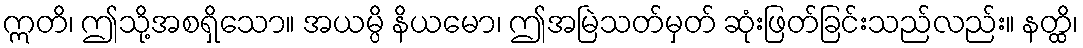
ဣတိ၊ ဤသို့အစရှိသော။ အယမ္ပိ နိယမော၊ ဤအမြဲသတ်မှတ် ဆုံးဖြတ်ခြင်းသည်လည်း။ နတ္ထိ၊